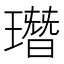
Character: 㻸